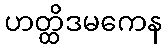
ဟတ္ထိဒမကေန